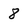
Character: 8